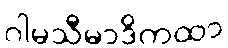
ဂါမသီမာဒိကထာ